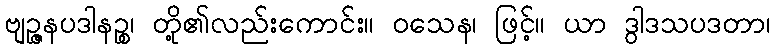
ဗျဉ္ဇနပဒါနဉ္စ၊ တို့၏လည်းကောင်း။ ဝသေန၊ ဖြင့်။ ယာ ဒွါဒသပဒတာ၊